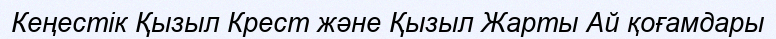
Кеңестік Қызыл Крест және Қызыл Жарты Ай қоғамдары